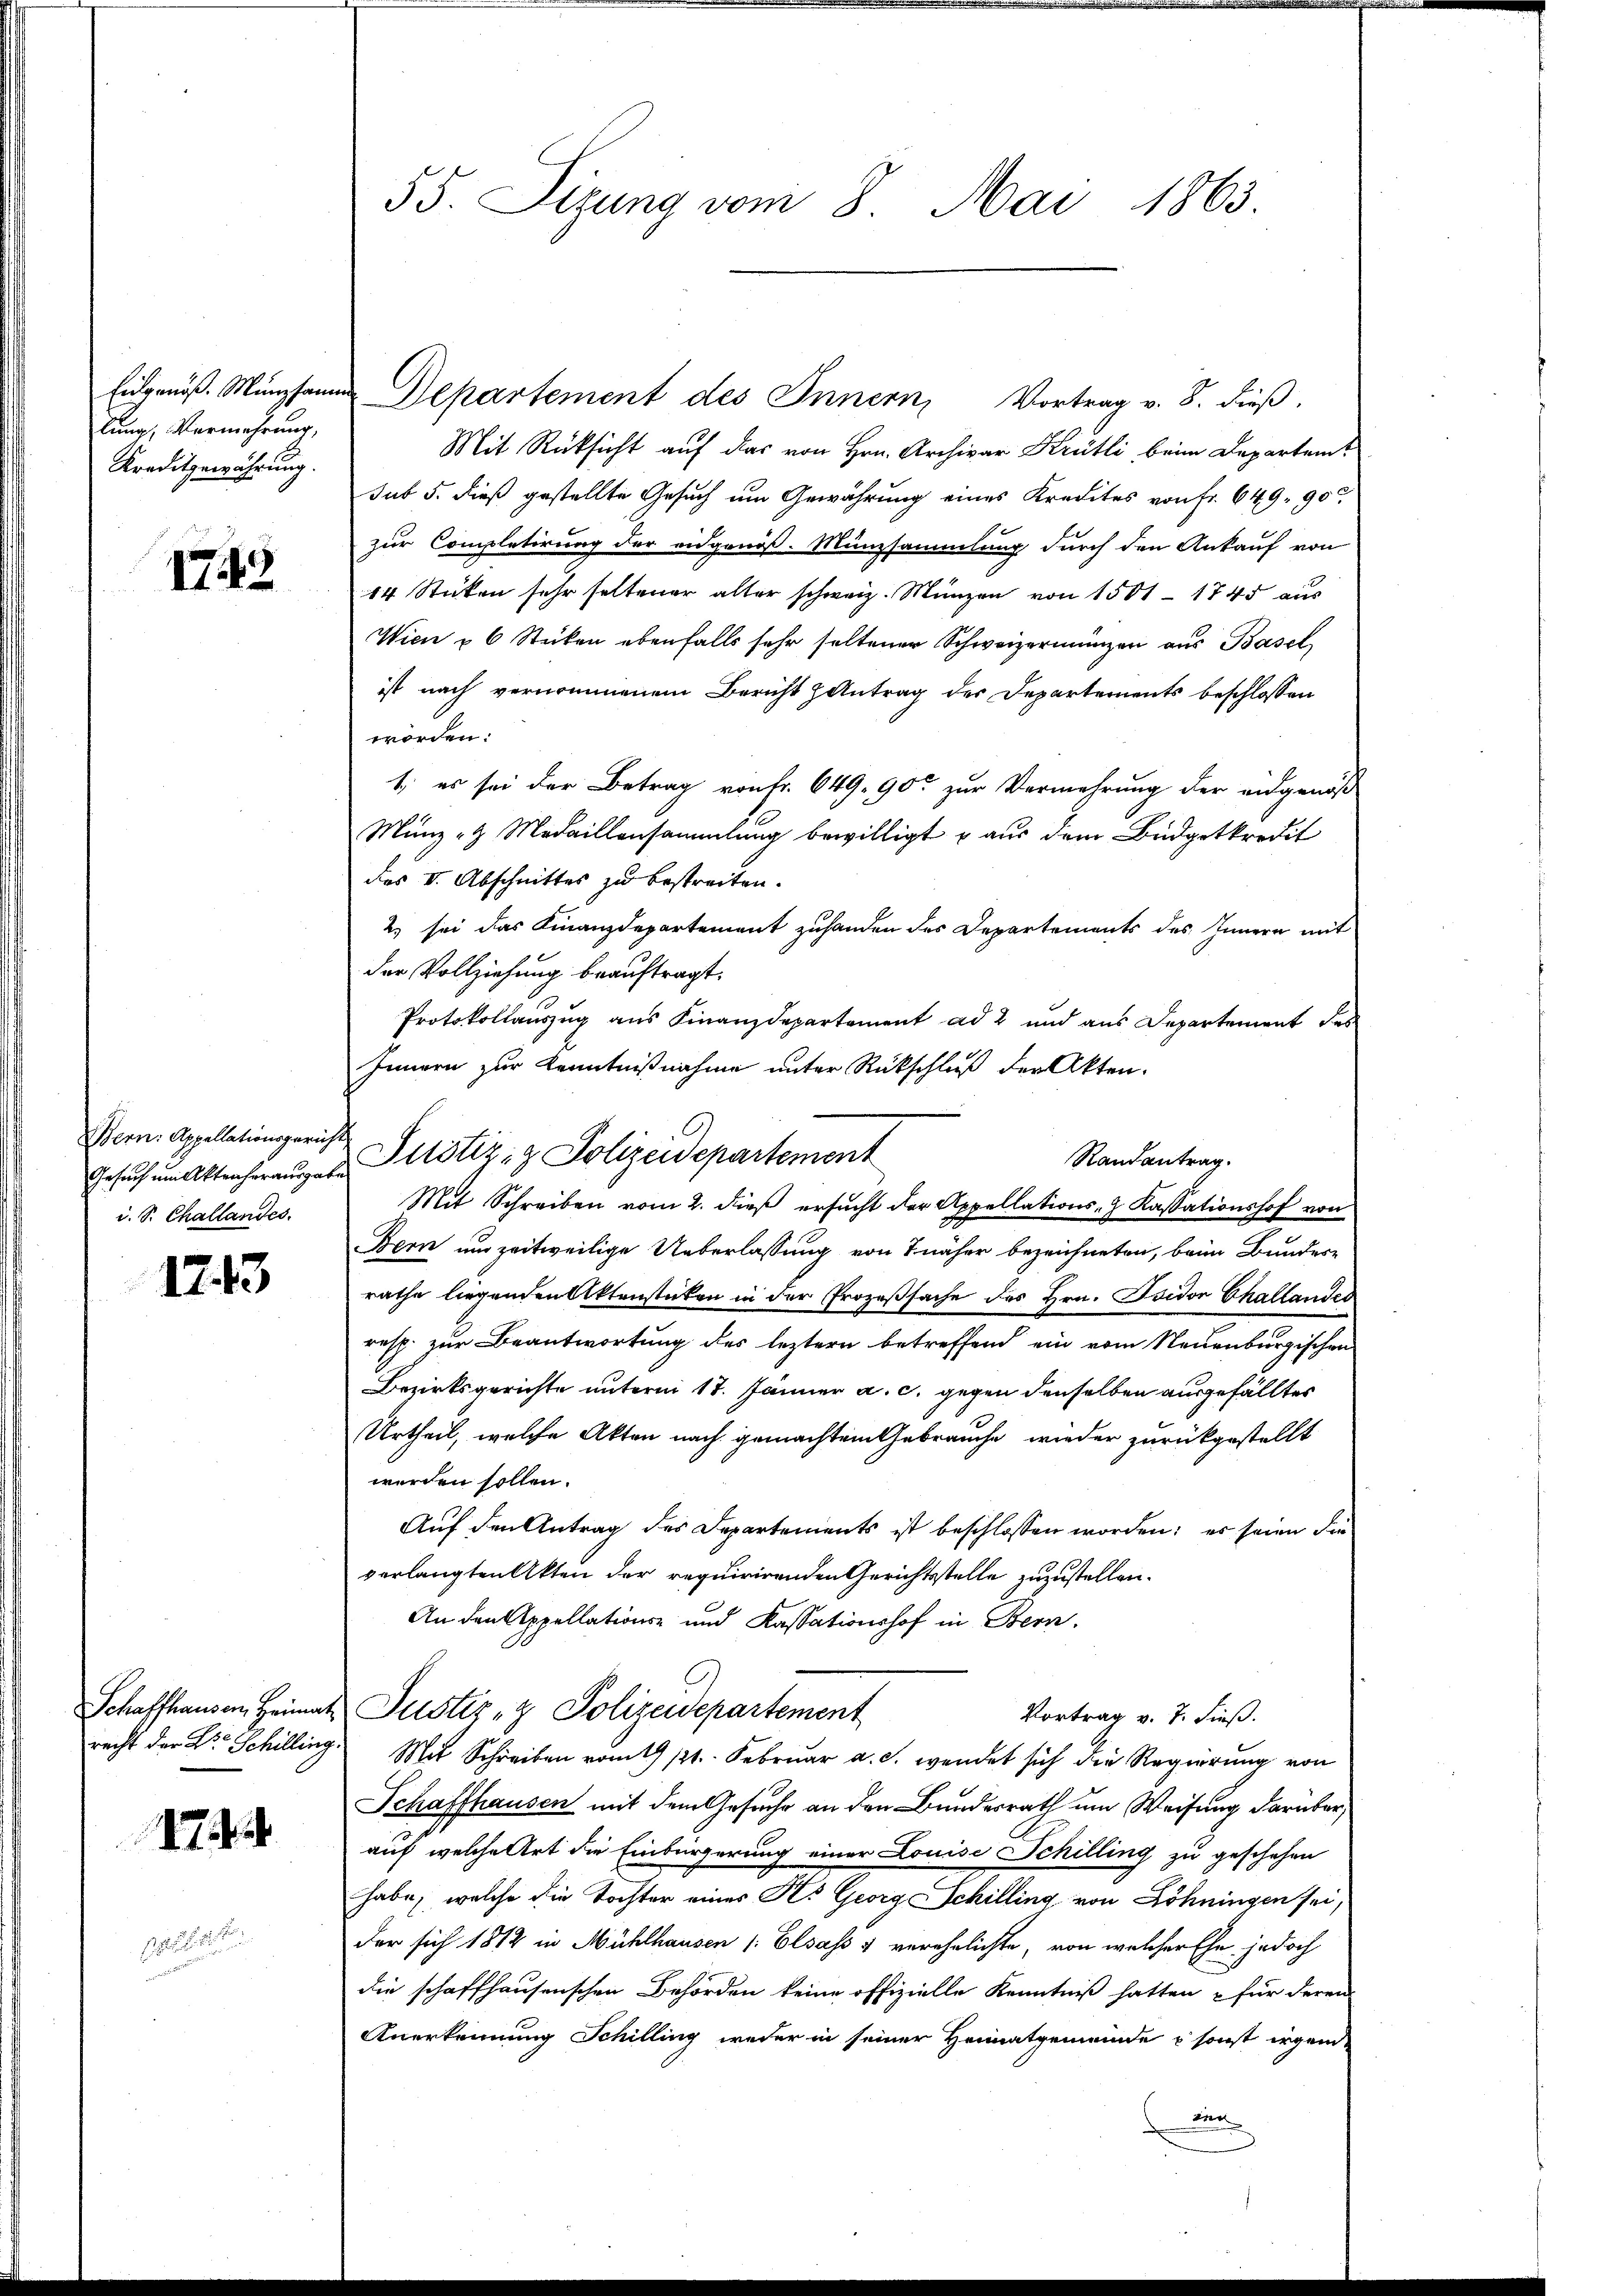
Eidgenöß. Münzsamm
lung, Vermehrung,
Kreditgewährung.

1743

Bern. Appellationsgericht
Gesuch um Aktenhorausgabe
i. S. Challandes.

1713

Schaffhausen, Heimat
recht der Dr. Schilling.

7

55. Sizung vom 8. Mai 1863.

Justiz- & Polizeidepartement

Departement des Innern, Vortrag v. 8. dieß.
Mit Rücksicht auf das von Hrn. Archivar Krütli, beim Departemsub 5. dieß gestellte Gesuch um Gewährung eines Kredites von Fr. 649. 90
zur Completirung der eidgenöß. Münzsammlung durch den Ankauf von
14 Stücken sehr seltener alter schweiz. Münzen von 1501 - 1745 aus
Wien u 6 Stücken ebenfalls sehr seltener Schweizermangen aus Basel
ist nach vernommenem Bericht antrag der Departements beschlossen
worden:
1., es sei der Betrag von Fr. 649. 90 zur Vermehrung der eidgenöß
Münz - Medaillonsammlung bewilligt u aus dem Büdgetkredit
des VI. Abschnittes zu bestreiten.
2) sei das Finanzdepartement zuhanden des Departements des Innern mit
der Vollziehung beauftragt.
Protokollauszug aus Finanzdepartement ad 2 und aus Departement des
Innern zur Kenntnißnahme unter Rückschluß der Akten.
Randantrag.
Mit Schreiben vom 2. dieß ersŭcht der Appellations- Kassationshof von
Bern um zeitweilige Ueberlassung von 7 näher bezeichneten, beim Bundere
rathe liegenden Aktenstücken in der Prozeßsache des Hrn. Isidor Challandes
resp. zur Beantwortung des leztern betreffend ein vom Neuenburgischen
Bezirksgerichte unterm 17. Jänner a. c. gegen denselben ausgefällter
Urtheil, welche Akten nach gemachtem Gebrauche wieder zurückgestellt
werden sollen.
Auf den Antrag des Departements ist beschlossen worden; es seien die
verlangten Akten der requirirenden Gerichtsstelle zuzustellen.
An den Appellations- und Kassationshof in Bern.
Justiz- & Polizeidepartement
Vortrag v. 7. dieß.
Mit Schreiben vom 19 /21. Februar a. c. wendet sich die Regierung von
Schaffhausen mit dem Gesuche an den Bundesrath um Weisung darüber,
auf welche Art die Einbürgerung einer Louise Schilling zu geschehen
habe, welche die Tochter eines H. Georg Schilling von Löhningen sei,
der sich 1812 in Mühlhausen /: Elsass & verehelichte, von welcher Ehe jedoch
die schaffhausenschen Behörden keine offizielle Kenntniß hatten & für deren
Anerkennung Schilling weder in seiner Heimatgemeinde sonst irgend
Dien